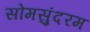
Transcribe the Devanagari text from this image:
सोमसुंदरम